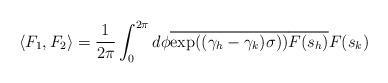
LaTeX: \begin{align*}\langle F_1,F_2\rangle=\frac{1}{2\pi}\int_0^{2\pi} d\phi\overline{\exp((\gamma_h-\gamma_k)\sigma ))}\overline{F(s_h)}F(s_k)\end{align*}